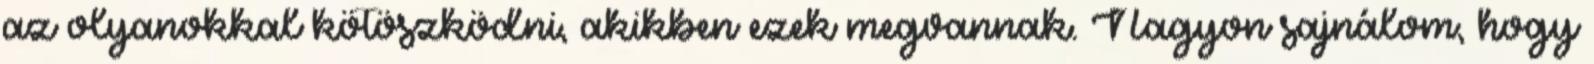
az olyanokkal kötöszködni, akikben ezek megvannak. Nagyon sajnálom, hogy